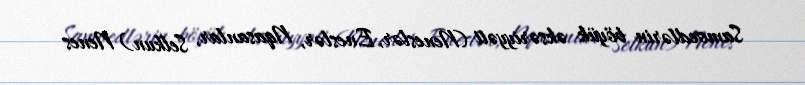
Samoedlərin böyük əksəriyyəti (Neneslər, Eneslər, Nqasanlar, Selkun) Nenes